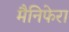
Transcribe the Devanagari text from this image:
मैनिफेरा